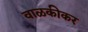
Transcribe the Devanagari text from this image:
वाळकीकर